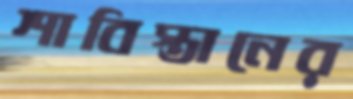
শাবিস্তানের